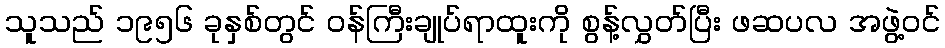
သူသည် ၁၉၅၆ ခုနှစ်တွင် ဝန်ကြီးချုပ်ရာထူးကို စွန့်လွှတ်ပြီး ဖဆပလ အဖွဲ့ဝင်